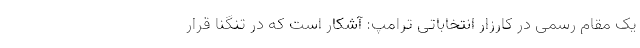
یک مقام رسمی در کارزار انتخاباتی ترامپ: آشکار است که در تنگنا قرار